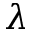
\lambda